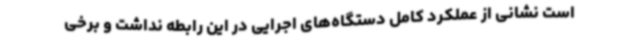
است نشانی از عملکرد کامل دستگاه‌های اجرایی در این رابطه نداشت و برخی